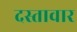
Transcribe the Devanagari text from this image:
दस्तावार